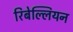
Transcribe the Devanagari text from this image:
रिबेल्लियन